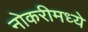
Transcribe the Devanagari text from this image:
नोकरीमध्ये